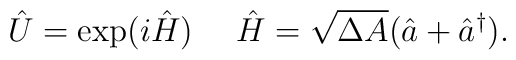
\hat{U}= \exp (i\hat{H}) \ \ \ \ \hat{H}=\sqrt{\Delta A}(\hat a+\hat a^{\dag}).